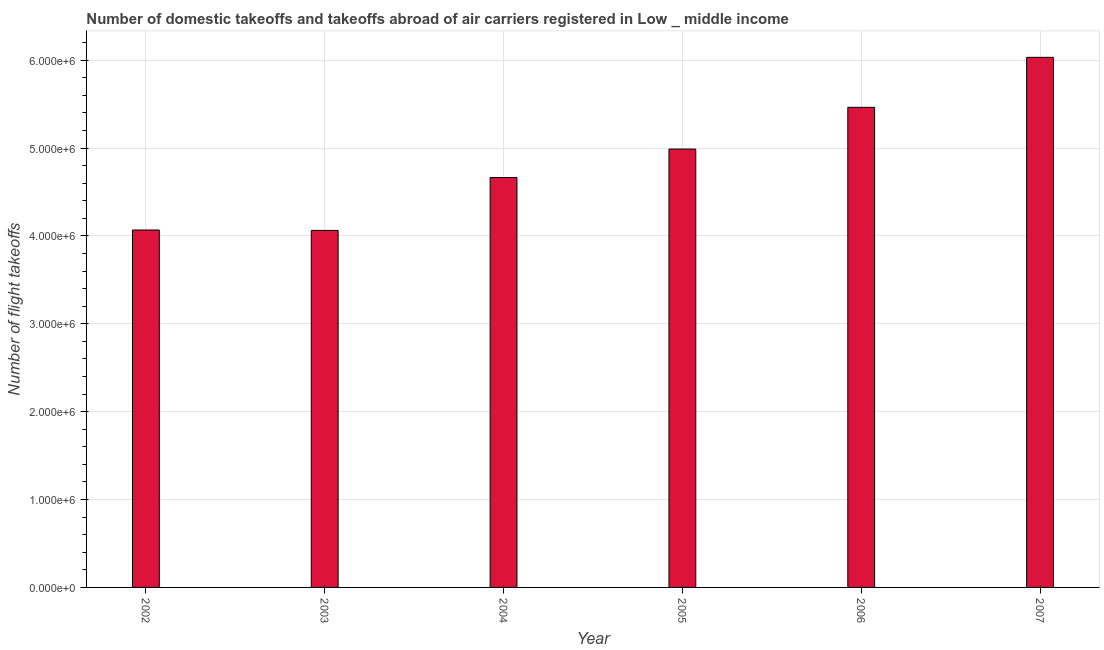
| Year | Air transport |
 | --- | --- |
 | 2002 | 4.07e+06 |
 | 2003 | 4.06e+06 |
 | 2004 | 4.66e+06 |
 | 2005 | 4.99e+06 |
 | 2006 | 5.46e+06 |
 | 2007 | 6.03e+06 |